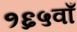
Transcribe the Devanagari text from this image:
१६५वाँ